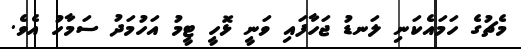
މެޗުގެ ހަމައެކަނި ލަނޑު ޖަހާފައި ވަނީ ޅޮހީ ޓީމު އަހުމަދު ސަމާހު އެވެ.